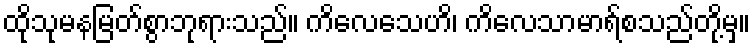
ထိုသုမနမြတ်စွာဘုရားသည်။ ကိလေသေဟိ၊ ကိလေသာမာရ်စသည်တို့မှ။